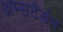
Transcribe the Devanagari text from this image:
अम्सटैर्डम